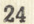
24